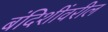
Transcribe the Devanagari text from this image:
बंदिशींवरील